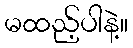
မထည့်ပါနဲ့။